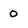
Character: 0